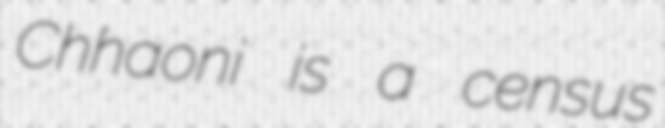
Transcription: Chhaoni is a census